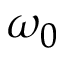
\omega _ { 0 }